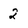
Character: 2